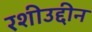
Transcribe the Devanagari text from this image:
रशीउद्दीन